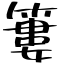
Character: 簍